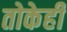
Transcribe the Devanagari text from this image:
तोकेही